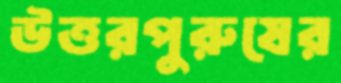
উত্তরপুরুষের